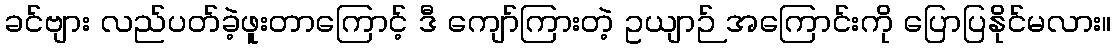
ခင်ဗျား လည်ပတ်ခဲ့ဖူးတာကြောင့် ဒီ ကျော်ကြားတဲ့ ဥယျာဉ် အကြောင်းကို ပြောပြနိုင်မလား။